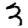
Digit: 3